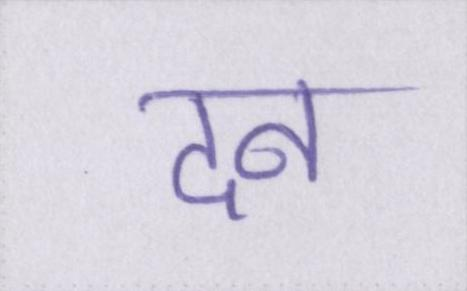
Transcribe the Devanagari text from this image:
दन